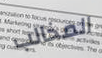
المخالب